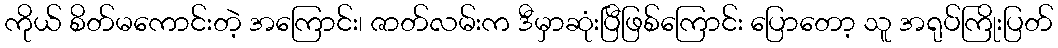
ကိုယ် စိတ်မကောင်းတဲ့ အကြောင်း၊ ဇာတ်လမ်းက ဒီမှာဆုံးပြီဖြစ်ကြောင်း ပြောတော့ သူ အရုပ်ကြိုးပြတ်